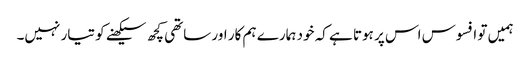
ہمیں تو افسوس اس پر ہوتا ہے کہ خود ہمارے ہم کار اور ساتھی کچھ سیکھنے کو تیار نہیں۔